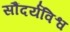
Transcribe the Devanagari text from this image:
सौंदर्यविश्व